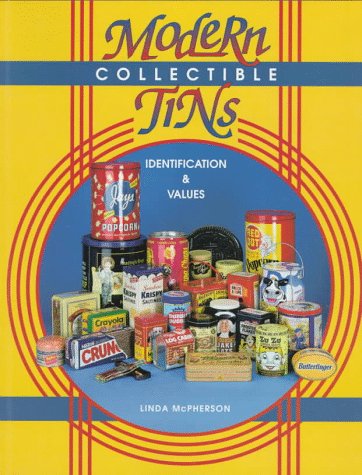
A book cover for Modern Collectible Tins Identification & Values: Identification & Values; Linda McPherson; Crafts, Hobbies & Home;